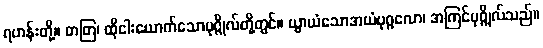
ရဟန်းတို့။ တတြ၊ ထိုငါးယောက်သောပုဂ္ဂိုလ်တို့တွင်။ ယွာယံသောအယံပုဂ္ဂလော၊ အကြင်ပုဂ္ဂိုလ်သည်။